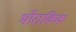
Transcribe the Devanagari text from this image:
थोराकिक